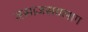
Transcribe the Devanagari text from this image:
जसाजसयलाग